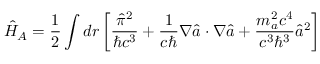
\hat { H } _ { A } = \frac { 1 } { 2 } \int d \boldsymbol r \left[ \frac { \hat { \pi } ^ { 2 } } { \hbar c ^ { 3 } } + \frac { 1 } { c \hbar } \boldsymbol \nabla \hat { a } \cdot \boldsymbol \nabla \hat { a } + \frac { m _ { a } ^ { 2 } c ^ { 4 } } { c ^ { 3 } \hbar ^ { 3 } } \hat { a } ^ { 2 } \right] \,